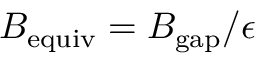
B _ { \mathrm { e q u i v } } = B _ { \mathrm { g a p } } / \epsilon